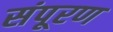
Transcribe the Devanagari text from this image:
संपूरण